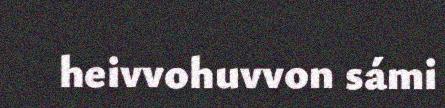
heivvohuvvon sámi